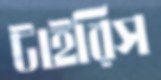
টাইরিস